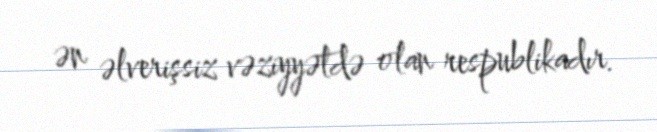
ən əlverişsiz vəziyyətdə olan respublikadır.